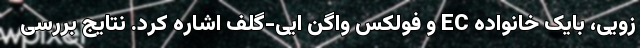
زویی، بایک خانواده EC و فولکس واگن ایی-گلف اشاره کرد. نتایج بررسی